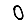
Digit: 0